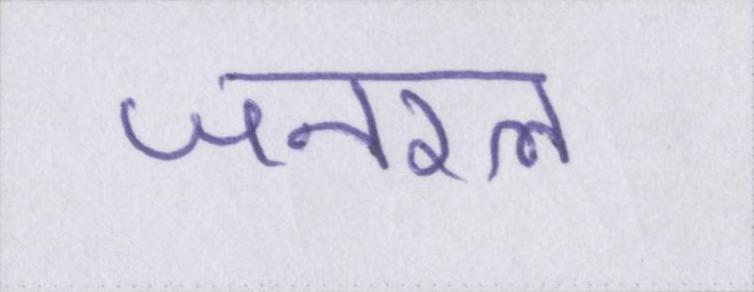
जनरल